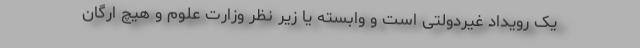
یک رویداد غیردولتی است و وابسته یا زیر نظر وزارت علوم و هیچ ارگان